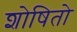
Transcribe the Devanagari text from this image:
शोषितो